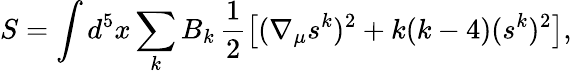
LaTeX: S=\int d^{5}x\sum_{k}B_{k}\, \frac{1}{2}\left[(\nabla_{\mu}s^{k})^{2}+k(k-4)(s^{k})^{2}\right],